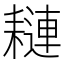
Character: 𦔖